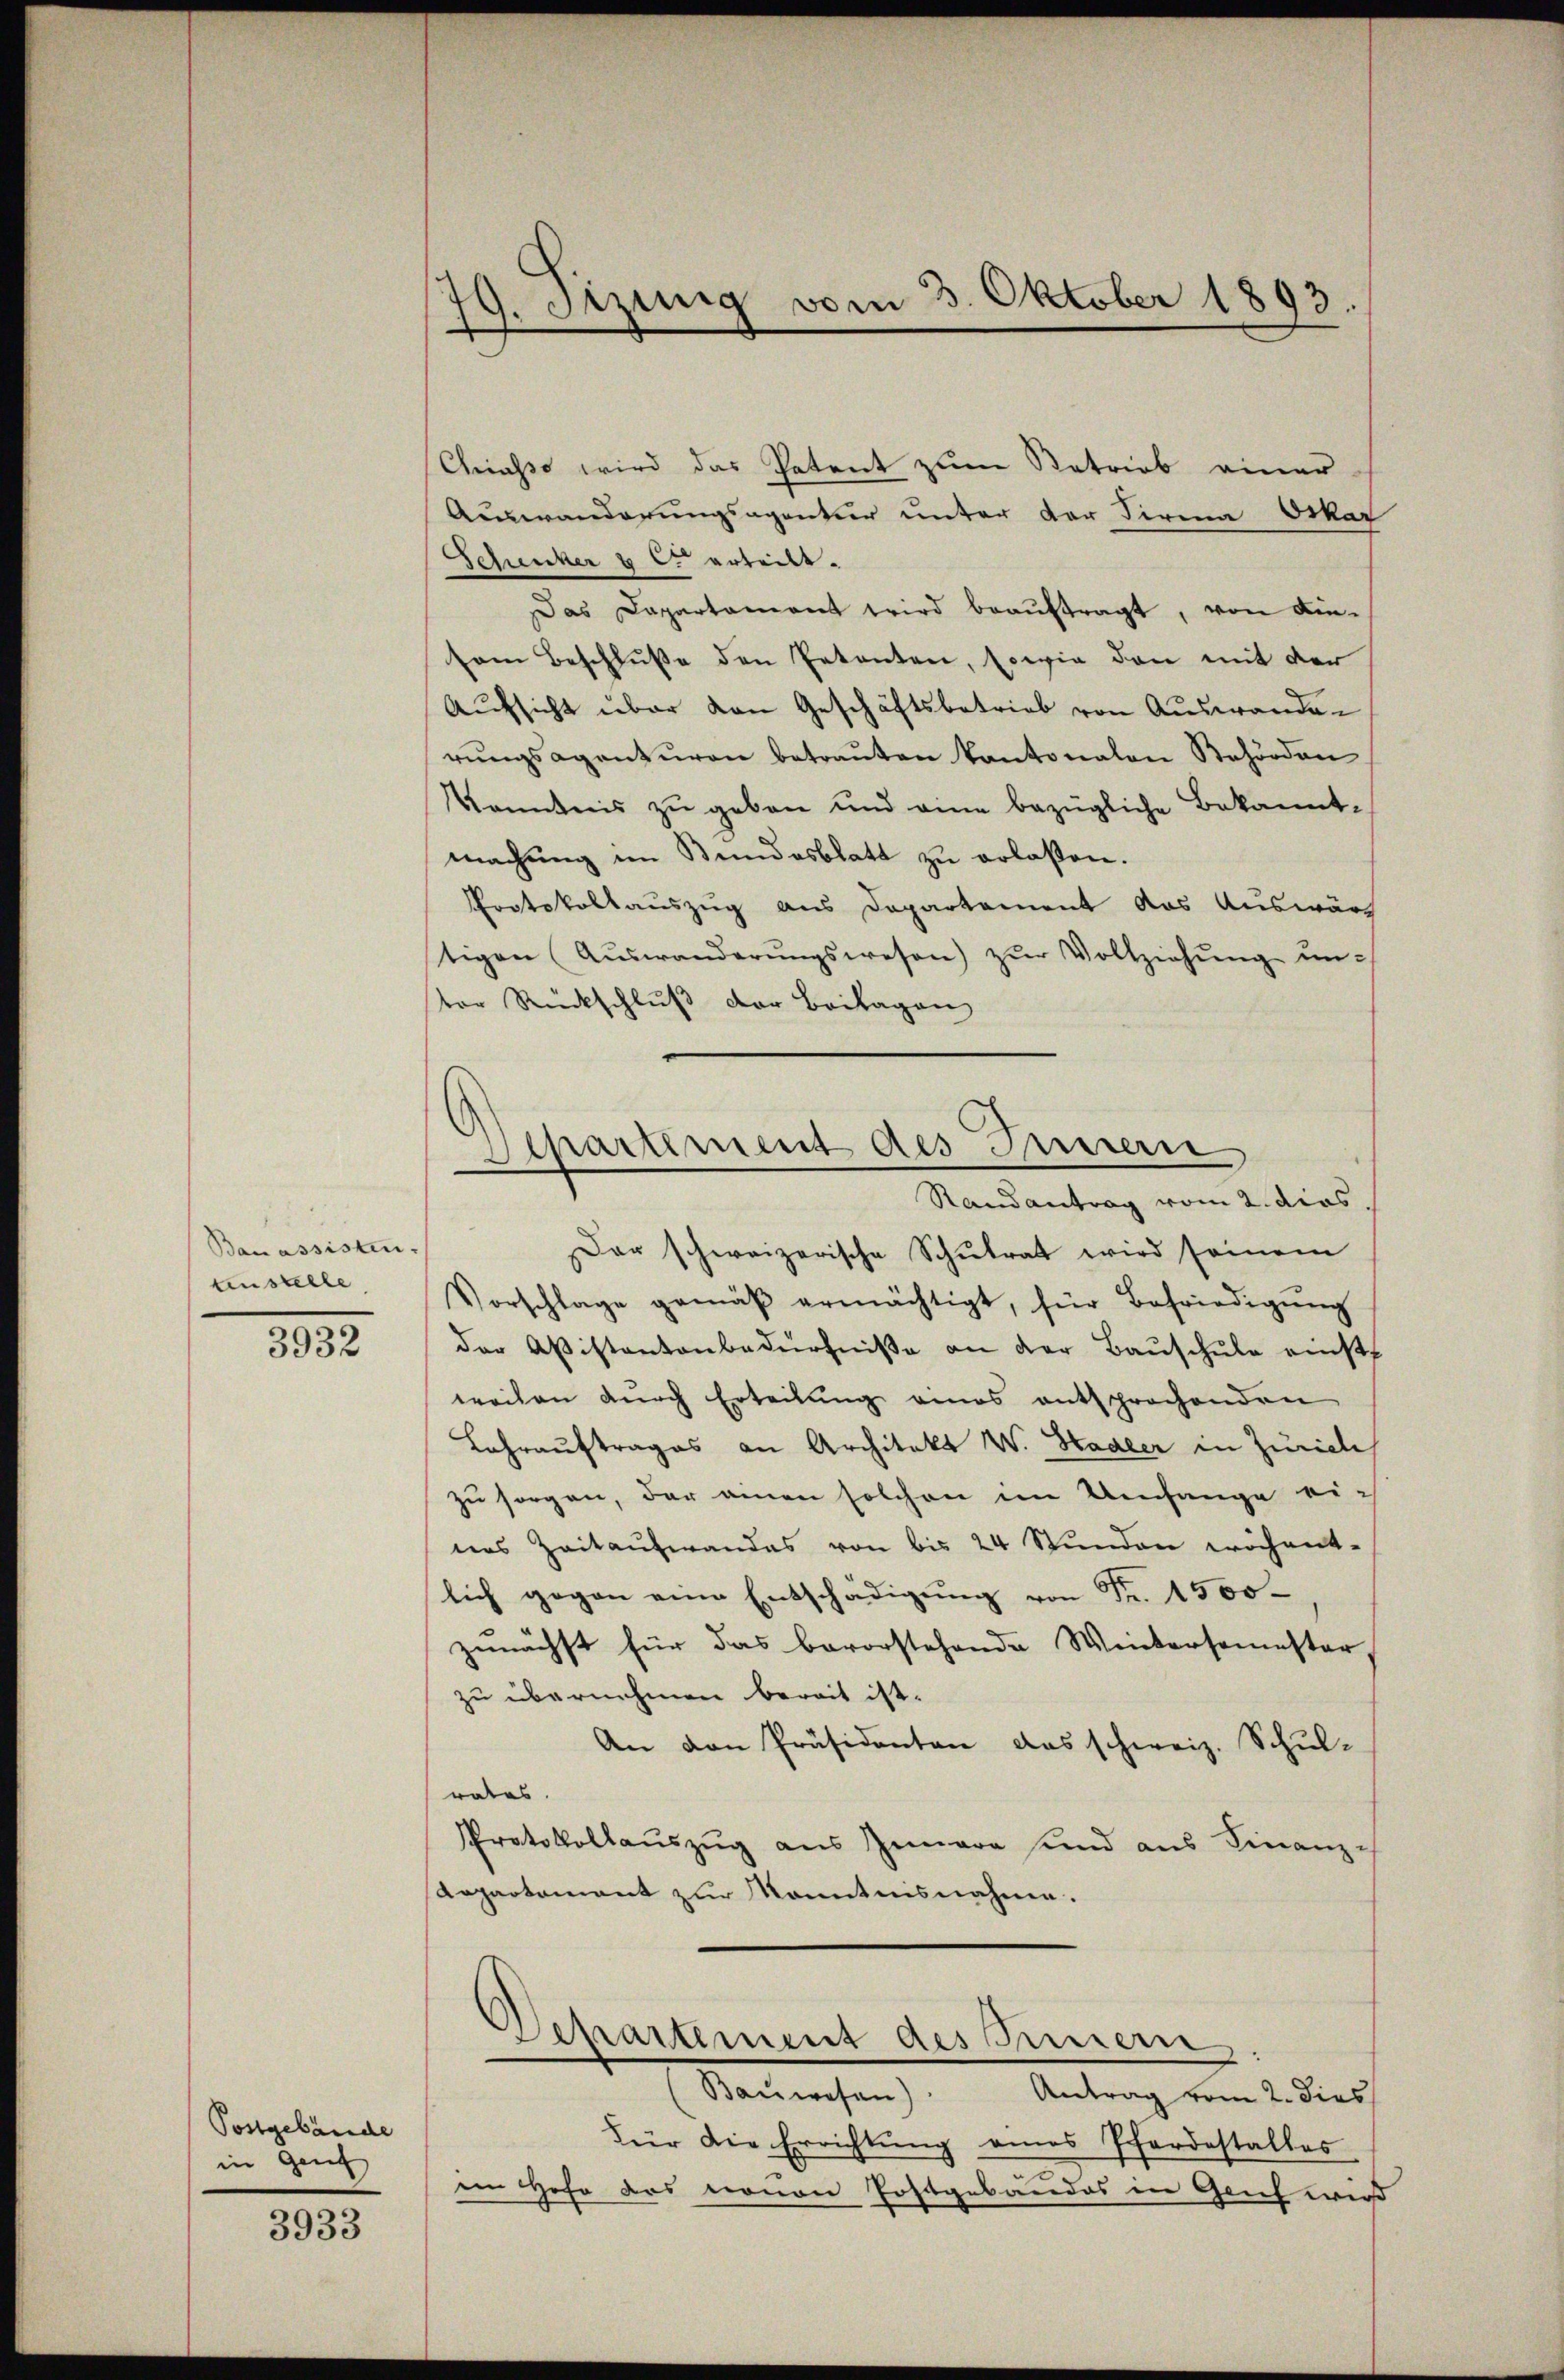
Banassisten.
tinstelle

3932

Postgebäude
in Genf

3933

19. Sitzung vom 3. Oktober 1893.

Chiasso wird das Patent zum Retrieb einer
Auswanderungsagentur unter der Firma Orkar
Schenker & C erteilt.
Das Capartament wird beaŭftragt, von Kin-
sem Beschluße den Petenten, sowie den mit der
Aufsicht über von Geschäftsbetrieb von Auswanderŭngsagenturen betrauten Kantonalen Behörden
Kenntnis zu geben und eine bezügliche Bekanntmachung im Bundesblatt zu erlaßen.
Protokollauszug aus Departement das Auswärstigen Aŭswanderŭngswesen) zŭr Vollziehŭng ŭn-
ter Rückschluß der Beilagen

Der schweizerische Schŭlrat wird seinem
Vorschlage gemäβ ermächtigt, für Befriedigŭng
der Aßistantenbedürfniße an der Bauschule einst
weilen durch Erteilung eines entsprochenden
Lahrauftrages an Architekt W. Stadler in Zuricli
zu sorgen, der amen solchen im Umfange ei-
nes Zeitaufwandes von bis 24 Stunden wöchent-
lich gegen eine Entschädigung von Fr. 1500
zunächst für das bevorstehende Wintersemester,
zu übernehmen bereit ist.
An den Präsidenten das schweiz. Schul-
rates.
Protokollaŭszŭg aŭs Innere und aus Finanz-
Anpartement zur Kenntnisnahme.

Separtement des Innern
Randantrag vom 2. dies

Departement des Gemein
Bauwesen)
Antrag vom 2. dies

Für die Errichtung eines Pferdestalles
im Hohr das nonen Postgebäudes in Genf wird